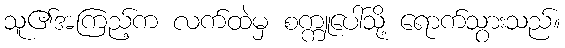
သူ၏အကြည့်က လက်ထဲမှ စက္ကူပေါ်သို့ ရောက်သွားသည်။